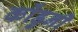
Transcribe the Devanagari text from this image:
कोंडुनी